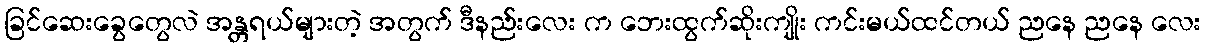
ခြင်ဆေးခွေတွေလဲ အန္တရယ်များတဲ့ အတွက် ဒီနည်းလေး က ဘေးထွက်ဆိုးကျိုး ကင်းမယ်ထင်တယ် ညနေ ညနေ လေး